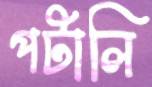
পটালি